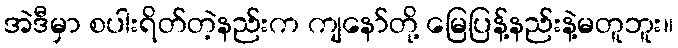
အဲဒီမှာ စပါးရိတ်တဲ့နည်းက ကျနော်တို့ မြေပြန့်နည်းနဲ့မတူဘူး။